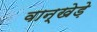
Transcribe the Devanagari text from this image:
वान्खेड़े